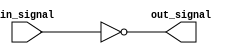
module inverting_buffer (
    input wire in_signal,
    output reg out_signal
);

always @(in_signal)
    out_signal <= ~in_signal;

endmodule